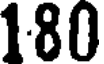
180